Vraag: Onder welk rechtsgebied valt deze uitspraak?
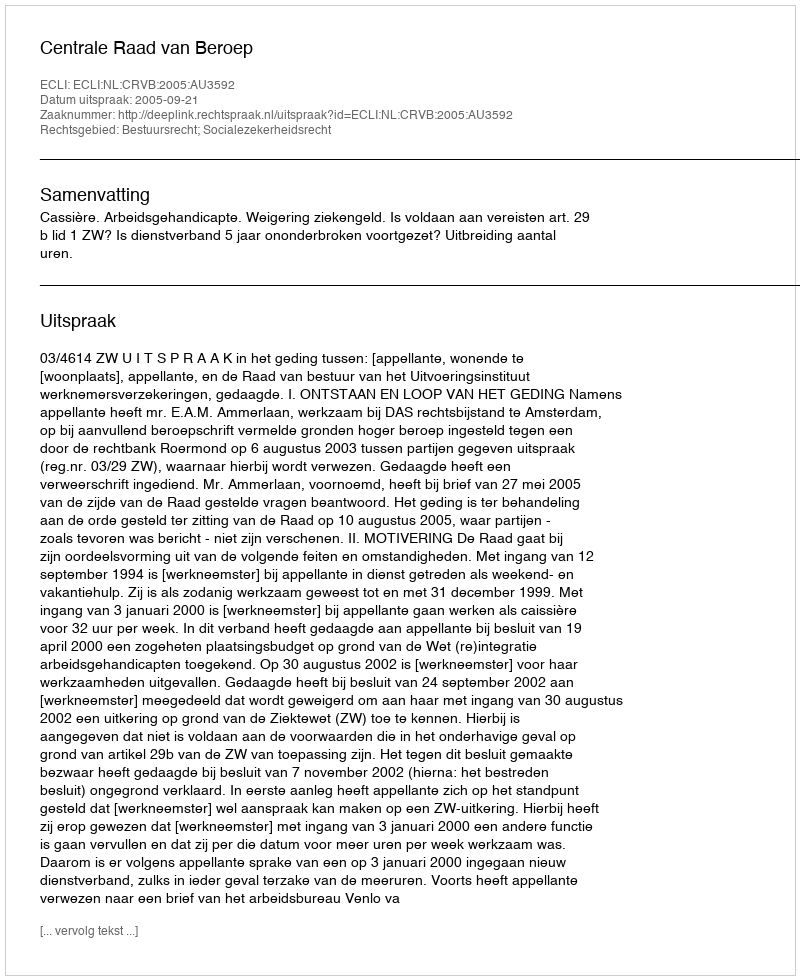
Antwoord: Bestuursrecht; Socialezekerheidsrecht